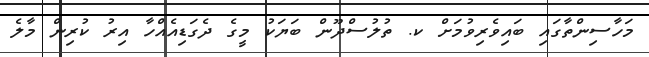
މަހާސިންތާގައި ބައިވެރިވުމަށް ކ. ތުލުސްދޫން ބަޔަކު މީގެ ދެގަޑިއެއްހާ އިރު ކުރިން މާލެ